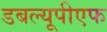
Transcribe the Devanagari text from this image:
डबल्यूपीएफ